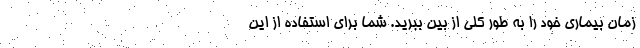
زمان بیماری خود را به طور کلی از بین ببرید. شما برای استفاده از این